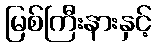
မြစ်ကြီးနားနှင့်